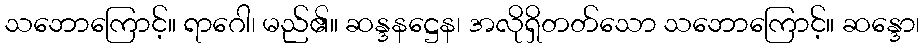
သဘောကြောင့်။ ရာဂေါ၊ မည်၏။ ဆန္ဒနဋ္ဌေန၊ အလိုရှိတတ်သော သဘောကြောင့်။ ဆန္ဒော၊